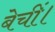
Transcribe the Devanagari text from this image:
बेचीं।